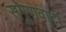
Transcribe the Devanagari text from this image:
सगुणवादी